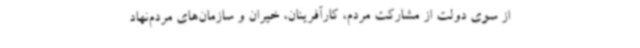
از سوی دولت از مشارکت مردم، کارآفرینان، خیران و سازمان‌های مردم‌نهاد